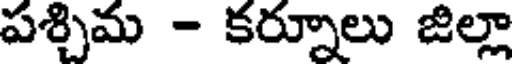
పశ్చిమ - కర్నూలు జిల్లా